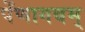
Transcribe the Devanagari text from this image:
पेंणागवम्